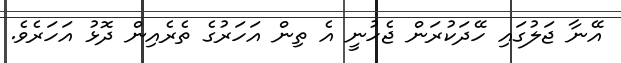
އޭނާ ޖަލުގައި ހޭދަކުރަން ޖެހުނީ އެ ތިން އަހަރުގެ ތެރެއިން ދޮޅު އަހަރެވެ.